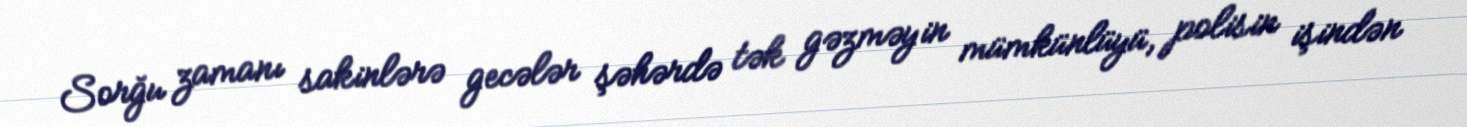
Sorğu zamanı sakinlərə gecələr şəhərdə tək gəzməyin mümkünlüyü, polisin işindən